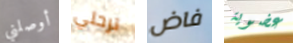
أوصلني ترحلي فاض عضوية